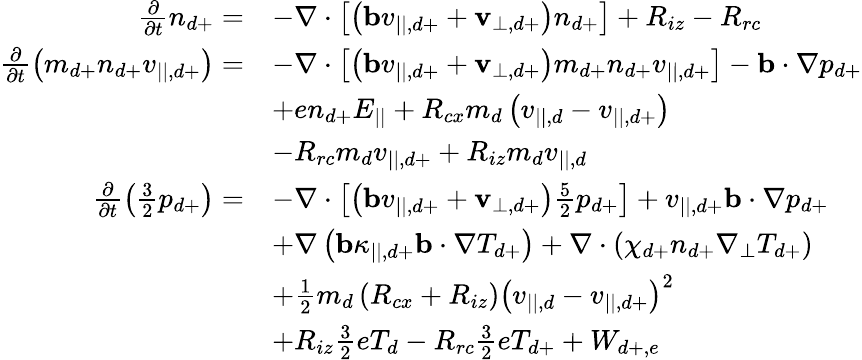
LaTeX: \begin{array}{rl}{\frac{\partial}{\partial t}n_{d+}=}&{-\nabla\cdot\left[\left(\mathbf{b}v_{||,d+}+\mathbf{v}_{\perp,d+}\right)n_{d+}\right]+R_{iz}-R_{rc}}\\ {\frac{\partial}{\partial t}\left(m_{d+}n_{d+}v_{||,d+}\right)=}&{-\nabla\cdot\left[\left(\mathbf{b}v_{||,d+}+\mathbf{v}_{\perp,d+}\right)m_{d+}n_{d+}v_{||,d+}\right]-\mathbf{b}\cdot\nabla p_{d+}}\\ &{+en_{d+}E_{||}+R_{cx}m_{d}\left(v_{||,d}-v_{||,d+}\right)}\\ &{-R_{rc}m_{d}v_{||,d+}+R_{iz}m_{d}v_{||,d}}\\ {\frac{\partial}{\partial t}\left(\frac{3}{2}p_{d+}\right)=}&{-\nabla\cdot\left[\left(\mathbf{b}v_{||,d+}+\mathbf{v}_{\perp,d+}\right)\frac{5}{2}p_{d+}\right]+v_{||,d+}\mathbf{b}\cdot\nabla p_{d+}}\\ &{+\nabla\left(\mathbf{b}\kappa_{||,d+}\mathbf{b}\cdot\nabla T_{d+}\right)+\nabla\cdot\left(\chi_{d+}n_{d+}\nabla_{\perp}T_{d+}\right)}\\ &{+\frac{1}{2}m_{d}\left(R_{cx}+R_{iz}\right)\left(v_{||,d}-v_{||,d+}\right)^{2}}\\ &{+R_{iz}\frac{3}{2}eT_{d}-R_{rc}\frac{3}{2}eT_{d+}+W_{d+,e}}\end{array}